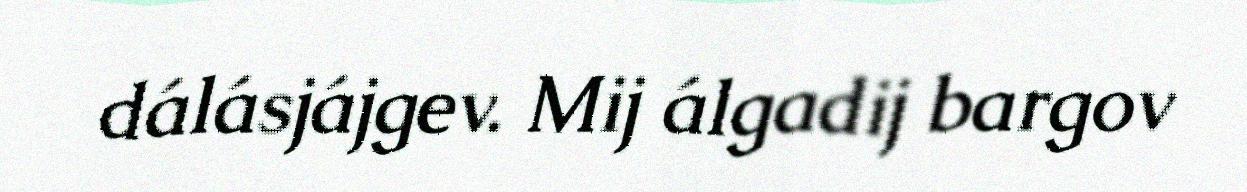
dálásjájgev. Mij álgadij bargov